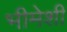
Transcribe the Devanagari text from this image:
भीमेशी